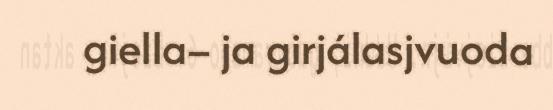
giella– ja girjálasjvuoda